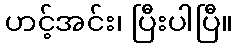
ဟင့်အင်း၊ ပြီးပါပြီ။